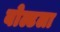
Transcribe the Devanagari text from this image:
बोल्टला